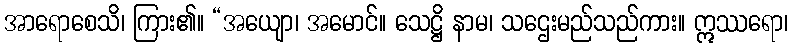
အာရောစေသိ၊ ကြား၏။ “အယျော၊ အမောင်။ သေဋ္ဌိ နာမ၊ သဌေးမည်သည်ကား။ ဣဿရော၊